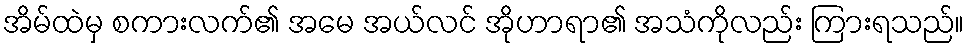
အိမ်ထဲမှ စကားလက်၏ အမေ အယ်လင် အိုဟာရာ၏ အသံကိုလည်း ကြားရသည်။